Scottish Leaving Certificate Examination, 1951
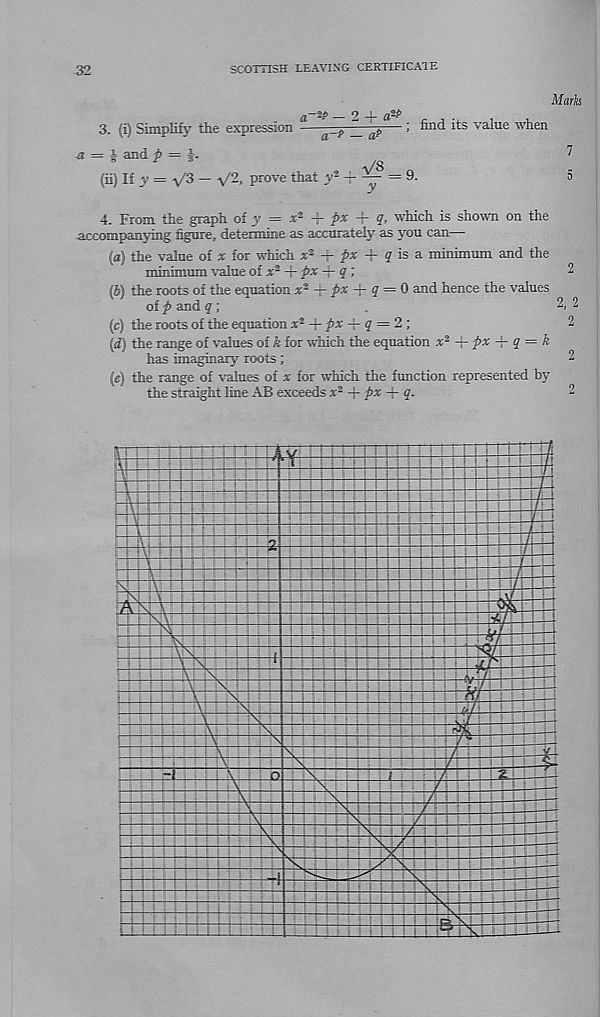
32
SCOTTISH LEAVING CERTIFICATE
Marks
a -ap _ 2 -f a 2 *’ „ ,
.
,
3. (i) Simplify the expression
-.-t» _ q p—> ™ lt *- lts ' :a l ,lIe when
a = and f = i-
^
(ii) If j = -y/ 3 — V 2 . prove that v* — ~ = 9.
5
4. From the graph of y = x 2 + 'fx + 9, which is shown on the
.accompanying figure, deteimine as accurately as yon can -
w the value of x for which x 2 + #* + 9 is a minimiun and the
immiimiTTO value of s 3 Hr fix + f;
2
(6) the roots of the equation s 3 +#* + 9 = 0 and hence the values
of fi and f;
.
2, 2
(c) the roots of the equation x* -f- fix -J- 9 = 2;
2
(if) the range of values of k for which the equation x 2 fix • 9 k
has imaginary roots ;
2
(e) the range of values of % for which the function represented by
the straight line A B exceeds x % Hr fix + 9.
2